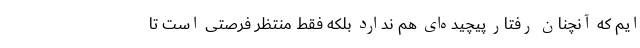
ایم که آنچنان رفتار پیچیده‌ای هم ندارد بلکه فقط منتظر فرصتی است تا